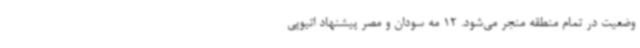
وضعیت در تمام منطقه منجر می‌شود. 12 مه سودان و مصر پیشنهاد اتیوپی